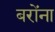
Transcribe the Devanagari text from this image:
बरोंना